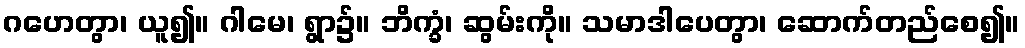
ဂဟေတွာ၊ ယူ၍။ ဂါမေ၊ ရွာ၌။ ဘိက္ခံ၊ ဆွမ်းကို။ သမာဒါပေတွာ၊ ဆောက်တည်စေ၍။